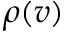
\rho ( v )